Mental hospitals Bombay report 1929-33 - 1929-1933
Year: 1929
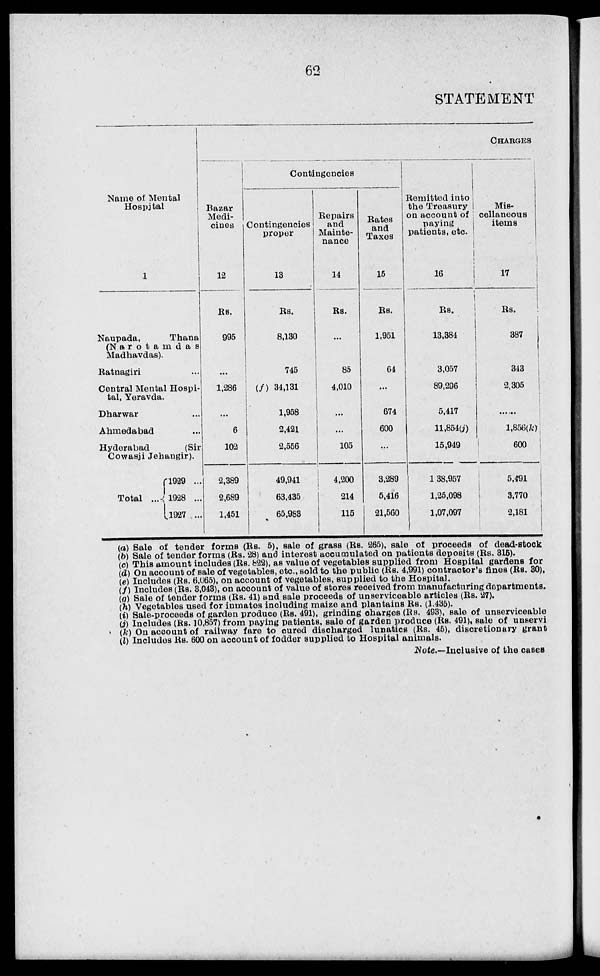
62
STATEMENT
Name of Mental
Hospital
1
Naupada,
Thana
(Narotamdas
Madhavdas).
Ratnagiri ...
Central Mental Hospi-
tal, Yeravda.
Dharwar ...
Ahmedabad ...
Hyderabad
(Sir
Cowasji Jehangir).
Total
...
1929 ...
1928 ...
1927 ...
CHARGES
Bazar
Medi-
cines
12
Rs.
995
...
1,286
...
6
102
2,389
2,689
1,451
Contingencies
Contingencies
proper
13
Rs.
8,130
745
(f) 34,131
1,958
2,421
2,556
49,941
63,435
65,983
Repairs
and
Mainte-
nance
14
Rs.
...
85
4,010
...
...
105
4,200
214
115
Rates
and
Taxes
15
Rs.
1,951
64
...
674
600
...
3,289
5,416
21,560
Remitted into
the Treasury
on account of
paying
patients, etc.
16
Rs.
13,384
3,057
89,296
5,417
11,854(j)
15,949
1,38,957
1,25,098
1,07,097
Mis-
cellaneous
items
17
Rs.
387
343
2,305
......
1,856(k)
600
5,491
3,770
2,181
(a) Sale of tender forms (Rs. 5), sale of grass (Rs. 265), sale of proceeds of dead-stock
(b) Sale of tender forms (Rs. 28) and interest accumulated on patients deposits (Rs. 315).
(c) This amount includes (Rs. 822), as value of vegetables supplied from Hospital gardens for
(d) On account of sale of vegetables, etc., sold to the public (Rs. 4,991) contractor's fines (Rs. 30).
(e) Includes (Rs. 6,665), on account of vegetables, supplied to the Hospital.
(f) Includes (Rs. 3,043), on account of value of stores received from manufacturing departments.
(g) Sale of tender forms (Rs. 41) and sale proceeds of unserviceable articles (Rs. 27).
(h) Vegetables used for inmates including maize and plantains Rs. (1.435).
(i) Sale-proceeds of garden produce (Rs. 491), grinding charges (Rs. 493), sale of unserviceable
(j) Includes (Rs. 10,857) from paying patients, sale of garden produce (Rs. 491), Bale of unservi
(k) On account of railway fare to cured discharged lunatics (Rs. 45), discretionary grant
(l) Includes Rs. 600 on account of fodder suppl
Note.—Inclusive of the cases